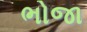
ભોજા